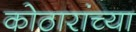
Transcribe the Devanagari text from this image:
कोठारांच्या